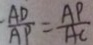
\frac { A D } { A P } = \frac { A P } { A C }